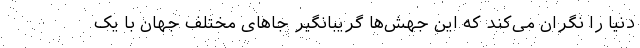
دنیا را نگران می‌کند که این جهش‌ها گریبانگیر جاهای مختلف جهان با یک